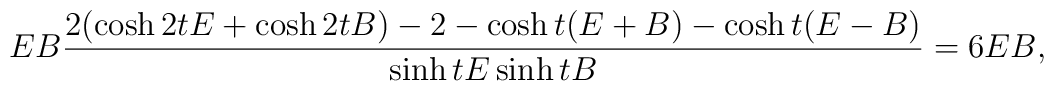
E B   \frac{2(\cosh 2tE + \cosh 2tB) - 2 - \cosh t(E+B) - \cosh      t(E-B)}{\sinh t E \sinh t B} = 6 E B ,